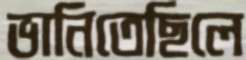
ভানিতেছিলে